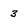
Character: 3